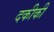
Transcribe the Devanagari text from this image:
दकीकी